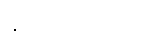
နိုင်ငံခြားဘာသာ